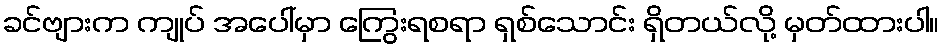
ခင်ဗျားက ကျုပ် အပေါ်မှာ ကြွေးရစရာ ရှစ်သောင်း ရှိတယ်လို့ မှတ်ထားပါ။